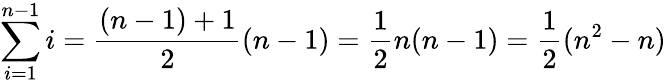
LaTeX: \sum_{i=1}^{n-1}i={\frac{(n-1)+1}{2}}(n-1)={\frac{1}{2}}n(n-1)={\frac{1}{2}}(n^{2}-n)